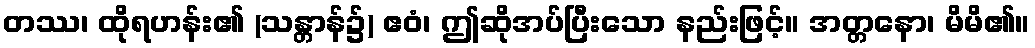
တဿ၊ ထိုရဟန်း၏ (သန္တာန်၌) ဧဝံ၊ ဤဆိုအပ်ပြီးသော နည်းဖြင့်။ အတ္တနော၊ မိမိ၏။